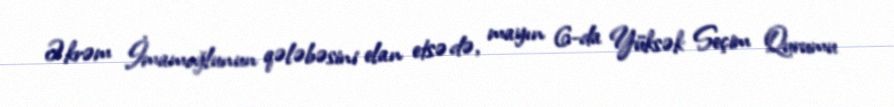
Əkrəm İmamoğlunun qələbəsini elan etsə də, mayın 6-da Yüksək Seçim Qurumu